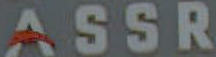
ASSR